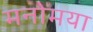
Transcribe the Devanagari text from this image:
मनोमया